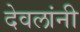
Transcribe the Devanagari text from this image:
देवलांनी